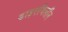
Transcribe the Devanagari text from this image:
डाइएथिलीन